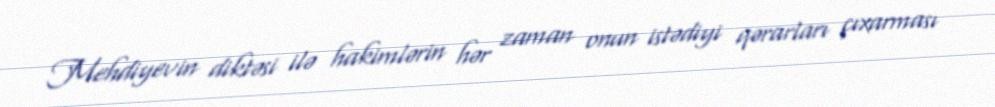
Mehdiyevin diktəsi ilə hakimlərin hər zaman onun istədiyi qərarları çıxarması